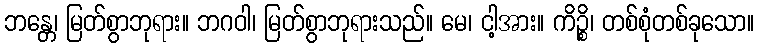
ဘန္တေ၊ မြတ်စွာဘုရား။ ဘဂဝါ၊ မြတ်စွာဘုရားသည်။ မေ၊ ငါ့အား။ ကိဉ္စိ၊ တစ်စုံတစ်ခုသော။